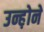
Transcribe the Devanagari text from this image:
उन्ह़ोने